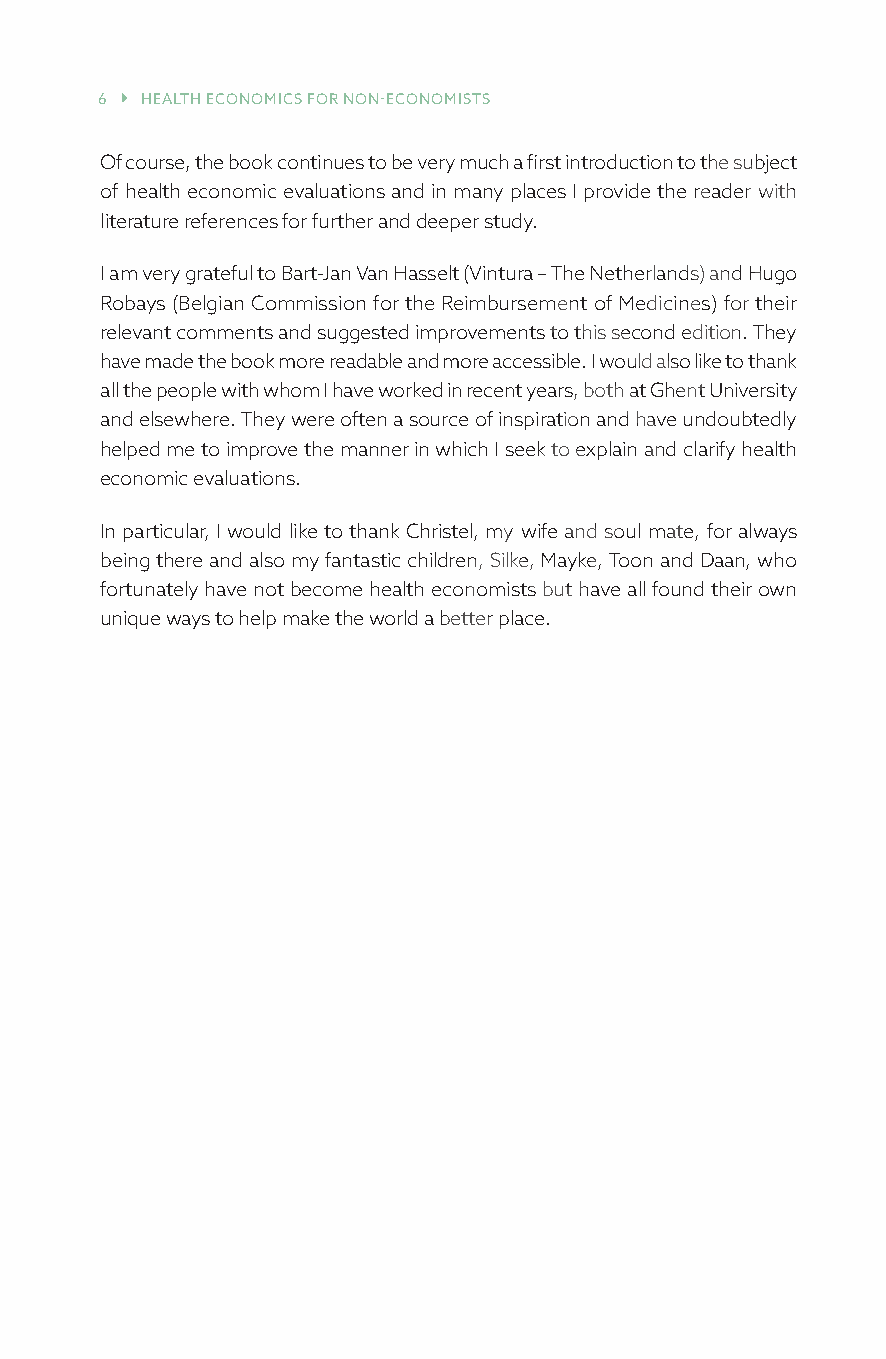
6  HEALTH ECONOMICS FOR NON-ECONOMISTS
 Of course, the book continues to be very much a first introduction to the subject
 of health economic evaluations and in many places I provide the reader with
 literature references for further and deeper study.
 I am very grateful to Bart-Jan Van Hasselt (Vintura – The Netherlands) and Hugo
 Robays (Belgian Commission for the Reimbursement of Medicines) for their
 relevant comments and suggested improvements to this second edition. They
 have made the book more readable and more accessible. I would also like to thank
 all the people with whom I have worked in recent years, both at Ghent University
 and elsewhere. They were often a source of inspiration and have undoubtedly
 helped me to improve the manner in which I seek to explain and clarify health
 economic evaluations.
 In particular, I would like to thank Christel, my wife and soul mate, for always
 being there and also my fantastic children, Silke, Mayke, Toon and Daan, who
 fortunately have not become health economists but have all found their own
 unique ways to help make the world a better place.
 527527_113 Health economics.indb 6             30/05/2018 10:39:04